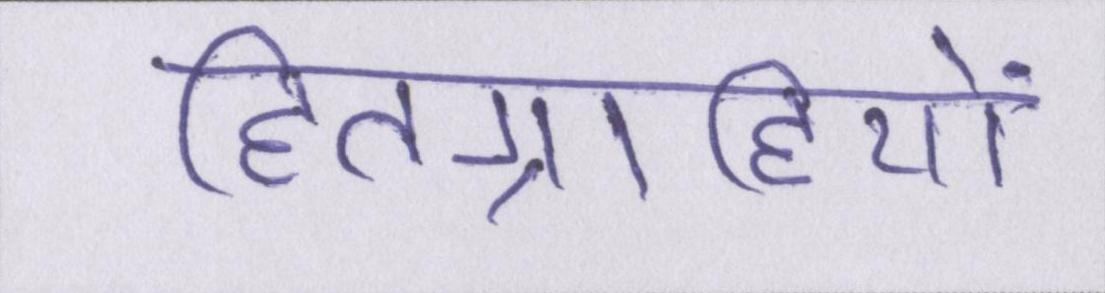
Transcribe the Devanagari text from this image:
हितग्राहियों